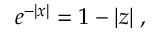
e ^ { - | x | } = 1 - | z | \; ,